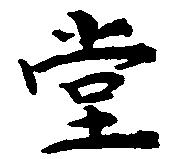
堂